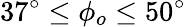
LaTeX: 37^{\circ}\leq\phi_{o}\leq 50^{\circ}